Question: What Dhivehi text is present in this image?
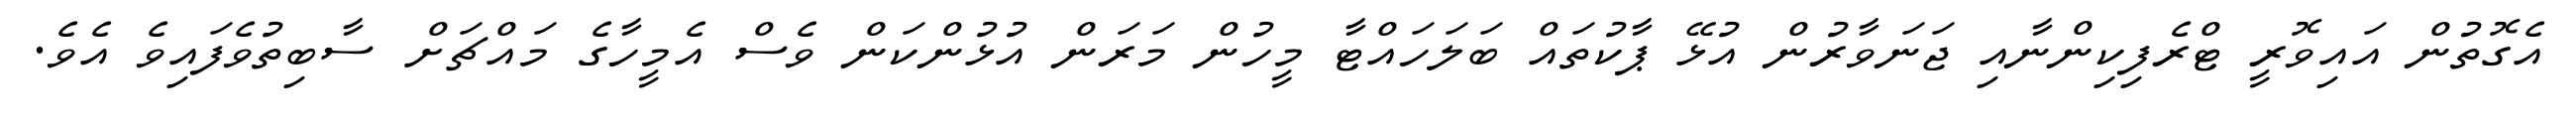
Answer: އެގޮތުން އައިވޮރީ ޓްރެފިކިންނާއި ޖަނަވާރުން އުޅޭ ޕާކުތައް ބަލަހައްޓާ މީހުން މަރަން އުޅުންކަން ވެސް އެމީހާގެ މައްޗަށް ސާބިތުވެފައިވެ އެވެ.